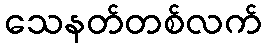
သေနတ်တစ်လက်